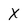
Character: X